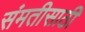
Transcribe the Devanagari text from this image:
संमतीसाठी